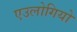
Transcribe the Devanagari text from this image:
एउलोगियो